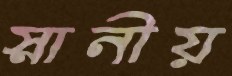
স্নানীয়